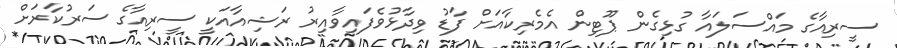
ސީރިއާގެ މައްސަލައާ ގުޅިގެން ޕޫޓިން އެމެރިކާއަށް ފާޑު ވިދާޅުވެފައިވާއިރު ރަޝިއާއަކީ ސީރިއާގެ ސަރުކާރަށް